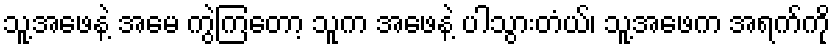
သူ့အဖေနဲ့ အမေ ကွဲကြတော့ သူက အဖေနဲ့ ပါသွားတံယ်၊ သူ့အဖေက အရက်ကို